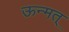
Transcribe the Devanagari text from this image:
ऊन्मत्